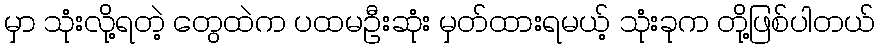
မှာ သုံးလို့ရတဲ့ တွေထဲက ပထမဦးဆုံး မှတ်ထားရမယ့် သုံးခုက တို့ဖြစ်ပါတယ်